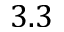
3 . 3